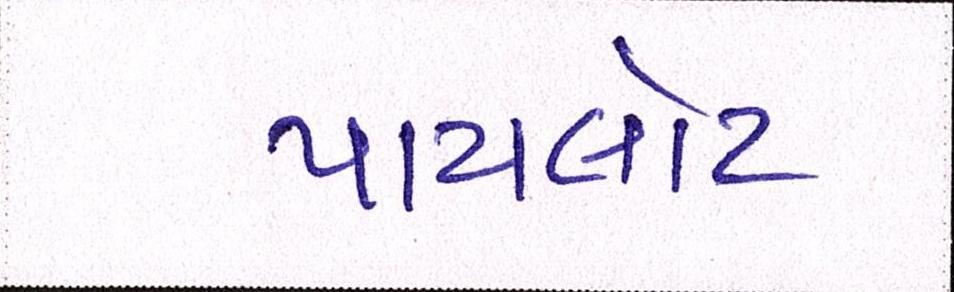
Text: પાયલોટ